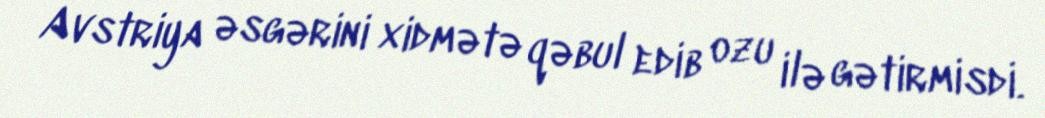
Avstriya əsgərini xidmətə qəbul edib ozu ilə gətirmisdi.